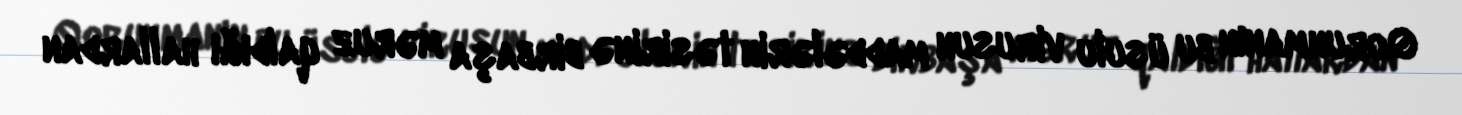
Qorunmanın bu üsulu virusun maddələrin təsirinə birbaşa məruz qaldığı hallardan